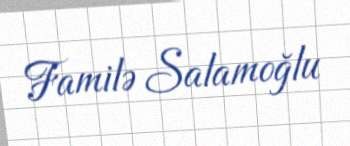
Familə Salamoğlu